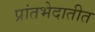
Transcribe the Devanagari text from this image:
प्रांतभेदातीत